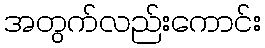
အတွက်လည်းကောင်း